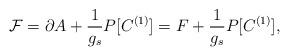
LaTeX: \begin{align*}{\cal F} = \partial A + \frac{1}{g_s}P[C^{(1)}]=F+\frac{1}{g_s}P[C^{(1)}] ,\end{align*}